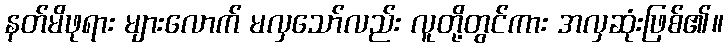
နတ်မိဖုရား များလောက် မလှသော်လည်း လူတို့တွင်ကား အလှဆုံးဖြစ်၏။